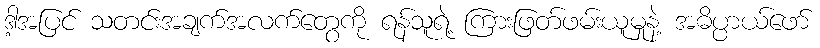
ဒါ့အပြင် သတင်းအချက်အလက်တွေကို ရန်သူရဲ့ ကြားဖြတ်ဖမ်းယူမှုနဲ့ အဓိပ္ပာယ်ဖော်